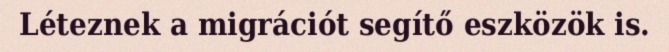
Léteznek a migrációt segítő eszközök is.